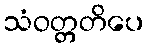
သံဝတ္တတိပေ